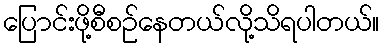
ပြောင်းဖို့စီစဉ်နေတယ်လို့သိရပါတယ်။